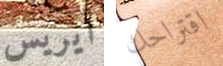
أيريس اقتراحك